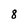
Character: 8